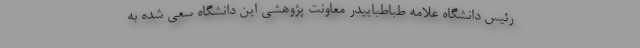
رئیس دانشگاه علامه طباطباییدر معاونت پژوهشی این دانشگاه سعی شده به